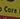
core